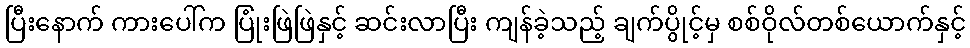
ပြီးနောက် ကားပေါ်က ပြုံးဖြဲဖြဲနှင့် ဆင်းလာပြီး ကျန်ခဲ့သည့် ချက်ပွိုင့်မှ စစ်ဝိုလ်တစ်ယောက်နှင့်